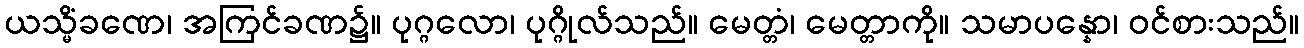
ယသ္မိံခဏေ၊ အကြင်ခဏ၌။ ပုဂ္ဂလော၊ ပုဂ္ဂိုလ်သည်။ မေတ္တံ၊ မေတ္တာကို။ သမာပန္နော၊ ဝင်စားသည်။